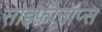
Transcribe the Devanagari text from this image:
साइफ़ोनॉप्स